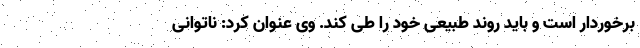
برخوردار است و باید روند طبیعی خود را طی کند. وی عنوان کرد: ناتوانی